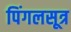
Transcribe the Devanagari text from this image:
पिंगलसूत्र